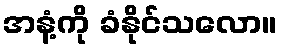
အနံ့ကို ခံနိုင်သလော။